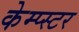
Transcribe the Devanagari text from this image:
केम्प्स्टर